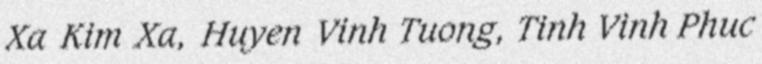
Xa Kim Xa, Huyen Vinh Tuong, Tinh Vinh Phuc